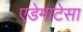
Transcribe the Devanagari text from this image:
एडेमाटेसा